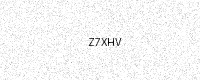
Text: Z7XHV